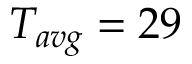
T _ { a v g } = 2 9